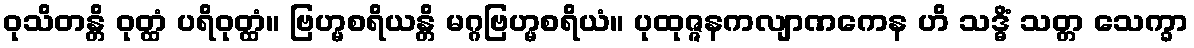
ဝုသိတန္တိ ဝုတ္ထံ ပရိဝုတ္ထံ။ ဗြဟ္မစရိယန္တိ မဂ္ဂဗြဟ္မစရိယံ။ ပုထုဇ္ဇနကလျာဏကေန ဟိ သဒ္ဓိံ သတ္တ သေက္ခာ